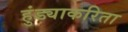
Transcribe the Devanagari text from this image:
हुंड्याकरिता